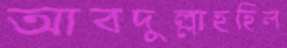
আবদুল্লাহহিল